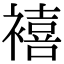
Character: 鿋